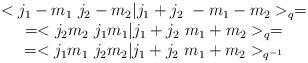
LaTeX: \begin{align*}\begin{array}{c}<j_{1}-m_{1} \ j_{2}-m_{2}|j_{1}+j_{2} \ -m_{1}-m_{2}>_{q}=\\=<j_{2}m_{2} \ j_{1}m_{1}|j_{1}+j_{2} \ m_{1}+m_{2}>_{q}=\\=<j_{1}m_{1} \ j_{2}m_{2}|j_{1}+j_{2} \ m_{1}+m_{2}>_{q^{-1}}\end{array}\end{align*}